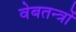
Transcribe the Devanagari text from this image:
वेबतन्त्रों